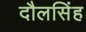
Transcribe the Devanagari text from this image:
दौलसिंह